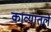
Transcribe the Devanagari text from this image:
काव्यातले